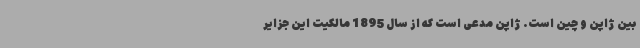
بین ژاپن و چین است. ژاپن مدعی است که از سال 1895 مالکیت این جزایر